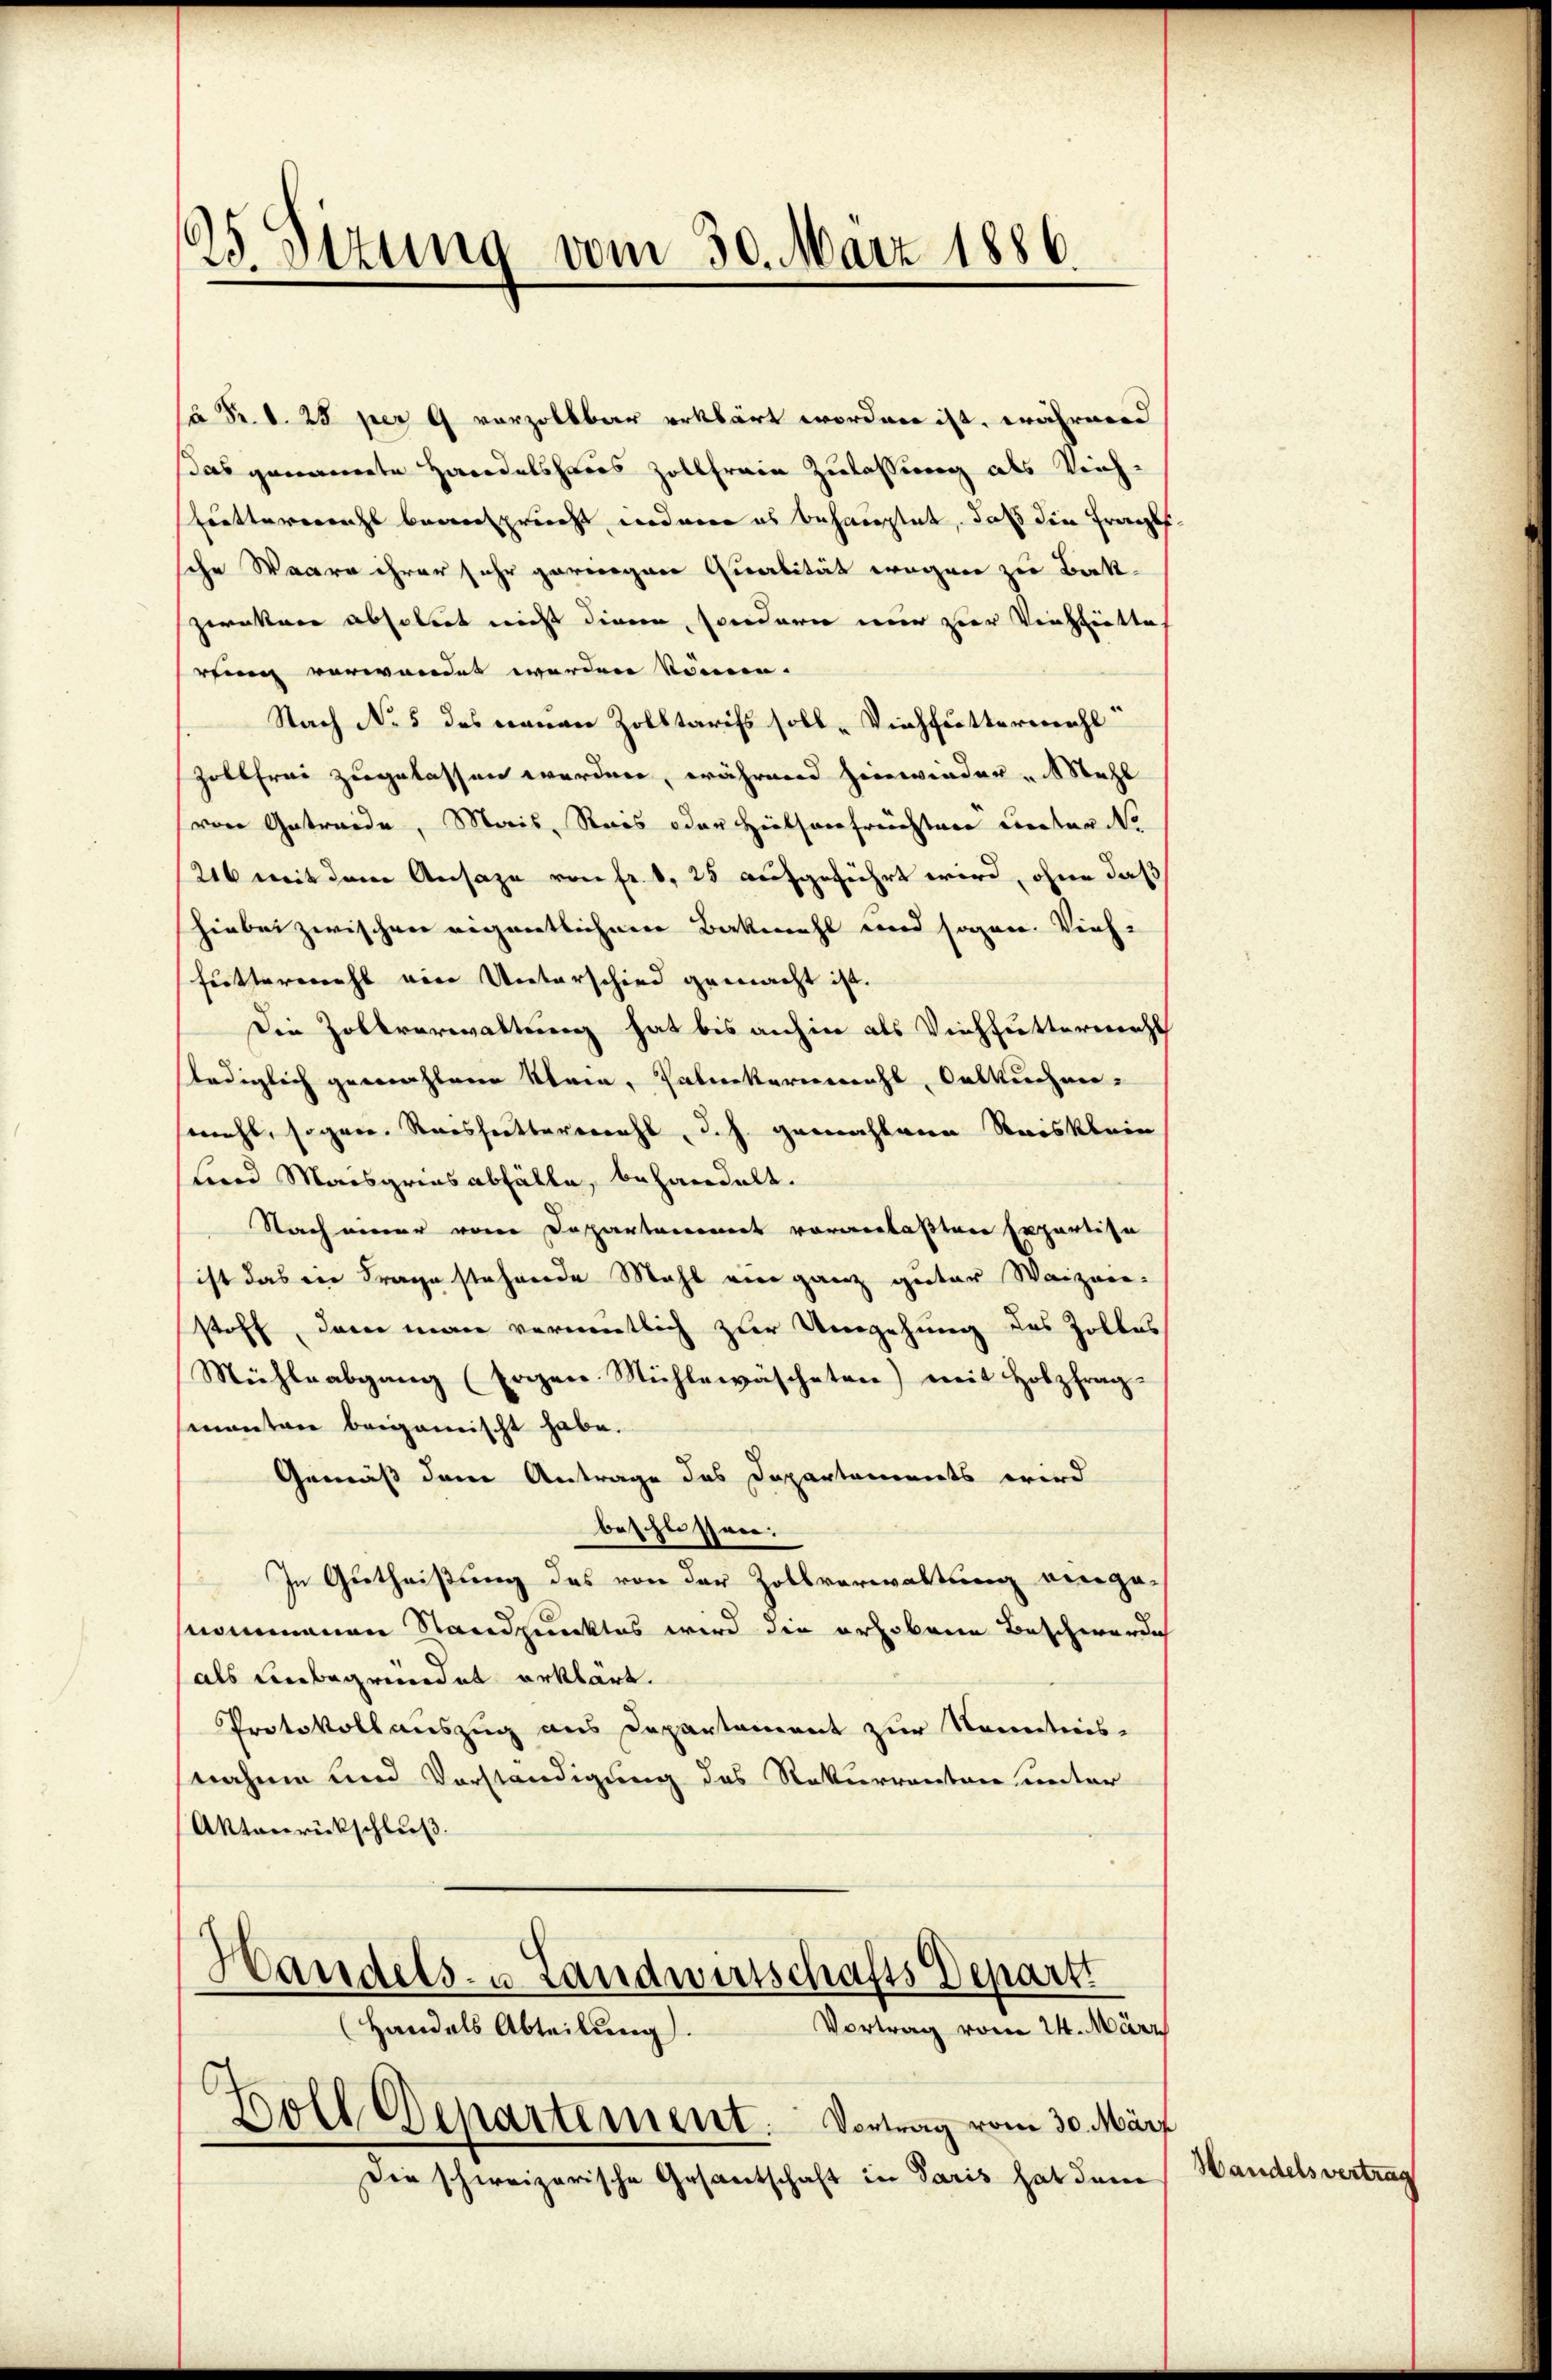
)
23. Sitzung vom 30. März 1886

à Fr. d. 25 per 9 vorzollbar erklärt worden ist, währen
das genannte Handelshares Zollfreie Zulassung als Vieh¬
Erettererrichs bevorspricht wordern es behauptet, daß die Frankf
sche Waare ihrer sehr geringen Qualität wegen zu Bak-
zweckere absolut nicht diene, sondern mir zur Verhiette
rfung verwandet werden können.
Nach No 5 des neuen Zolltarifs soll Viehfuttermahl
Zollfrei zugelassen werden, während hinwieder " Mehl
von Getreide, Mais, Reis oder Hintsaufrechtere Director d
216 mit dem Ansage von Fr. 1, 25 aufgeführt wird, ohne daß
hiebei zwischen eigentlichene Bakmahl und sogen. Vieh-
futtermahl eine Unterschied gemacht ist.
Die Zollverwaltung hat bis anhin als Viehfutterweichs
stediglich gewachterer Klara, Palackermahl, Oelkuchen-
mehl, sogare Reisheittermahl, d.h. gemachtern Reisklein
Lnd Maisgries abfälle, behandelt.
Nach einer von Departement vorgelasten separtise
ist das ein Frage stehende Mahl ein ganz guter Waizei-
stoff, dann man vermentlich zur Umgehung des Zolles
Mühleabgang (sogen Stühlewäscheten) mit Holzfrag-
manten beiganischt habe.
Gemäß dem Antrage des Departements wird
beschüssen:
In Gutheißung des von der Zollverwaltung einge-
nommenen Standpunktes wird die erhobene Beschwerde
als unbegründet erklärt.
Protokollauszug aus Departement zur Kenntnis-
nahme und Vorständigung des Rekurrenten unter
Aktanrückschluß.
Handels- u. Landwirtschafts Departi
Vortrag vom 24. März
Handels Abteilung.

Boll Departement. Vortrag vom 30. März

Die schweizerische Gesantschaft in Paris hat dem

Handelsvertrag